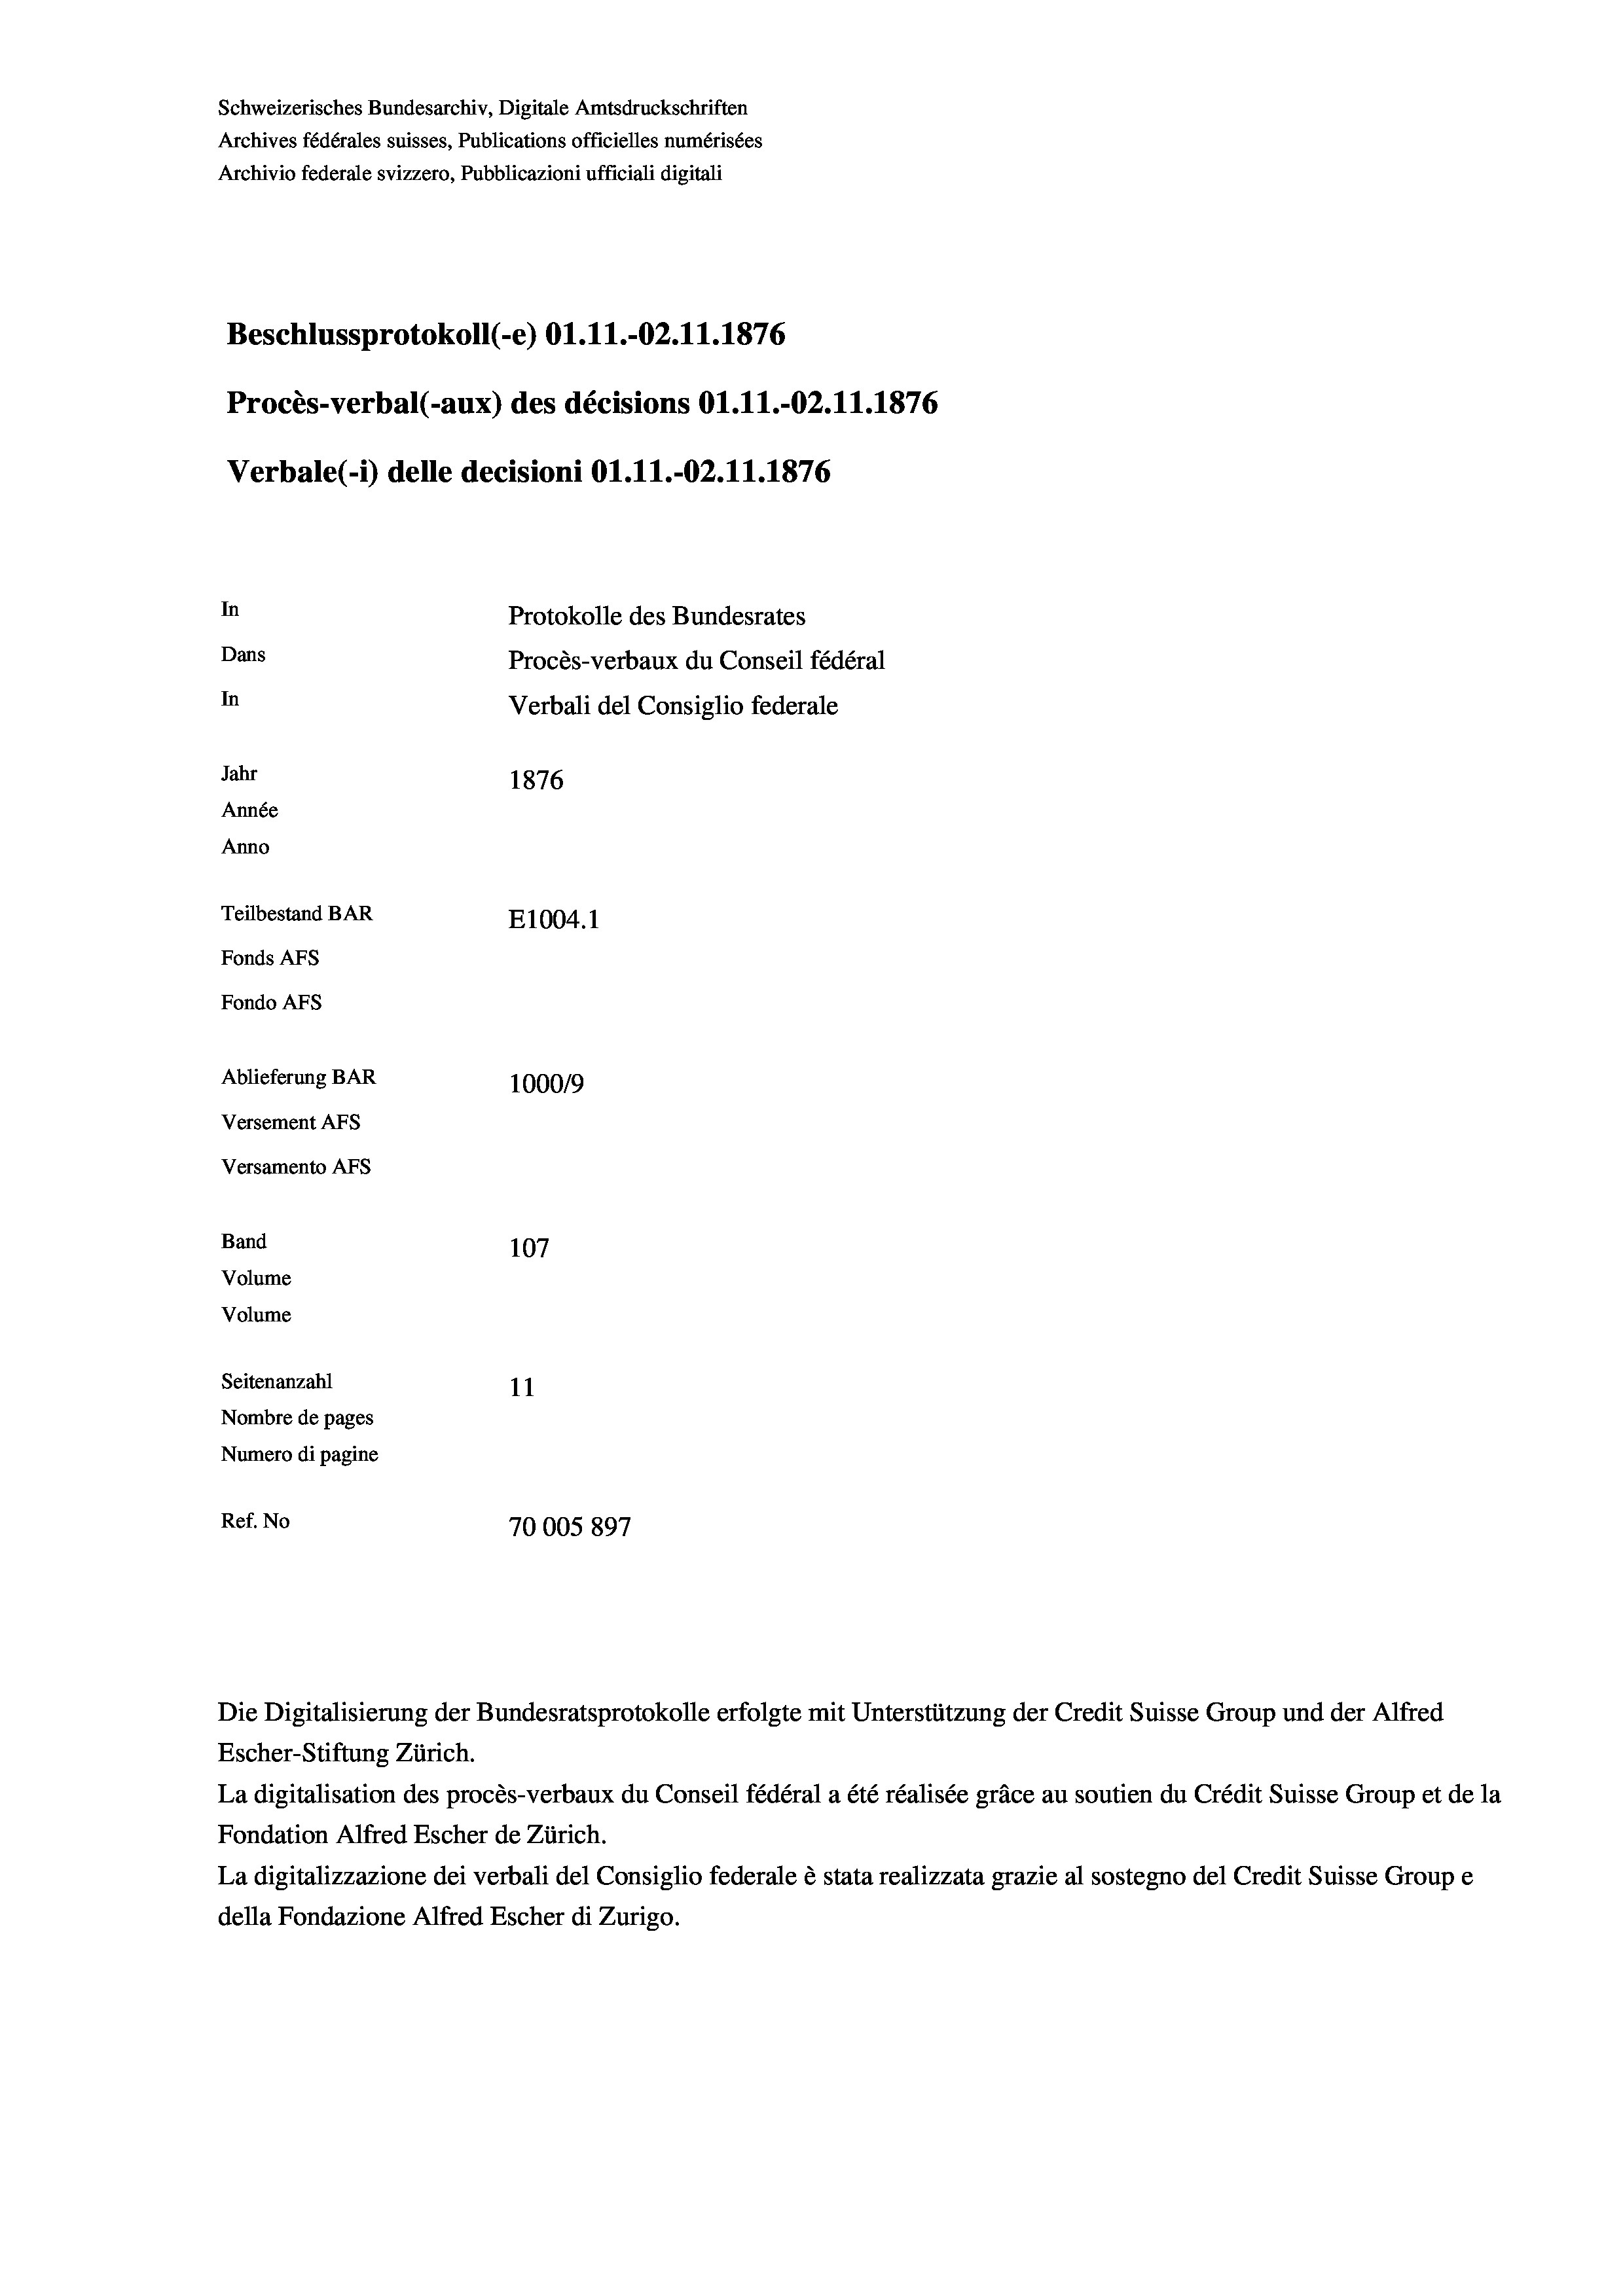
Schweizerisches Bundesarchiv, Digitale Amtsdruckschriften
Archives fédérales suisses, Publications officielles numérisées
Archivio federale svizzero, Pubblicazioni ufficiali digitali
Beschlussprotokoll (-e) Ol.11.-02. 11. 1876
Procès-verbal (-aux) des décisions Ol.11.-02.11.1876
Verbale (i) delle decisioni Ol.11.-O2.11.1876
In
Protokolle des Bundesrates
Dans
Procès-verbaux du Conseil fédéral
In
Verbali del Consiglio federale
Jahr
1876
Année
Anno
Teilbestand BAR
E1004. 1
Fonds AFs
Fondo Afs
Ablieferung BAR
100019
Versement AFs
Versamento Afs
Band
107
Volume
Volume

Seitenanzahl
11
Nombre de pages
Numero di pagine
Ref. No
70005 897

Escher-Stiftung Zürich.
La digitalisation des procès-verbaux du Conseil fédéral a été réalisée gräce au soutien du Crédit Suisse Group et de la
Fondation Alfred Escher de Zürich.
La digitalizzazione dei verbali del Consiglio federale è stata realizzata grazie al sostegno del Credit Suisse Groupe
della Fondazione Alfred Escher di Zurigo.

Die Digitalisierung der Bundesratsprotokolle erfolgte mit Unterstützung der Credit Suisse Group und der Alfred